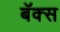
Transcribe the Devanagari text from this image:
बॅक्स